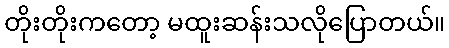
တိုးတိုးကတော့ မထူးဆန်းသလိုပြောတယ်။